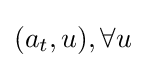
(a_{t},u),\forall u